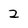
Character: 2